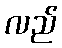
လည်